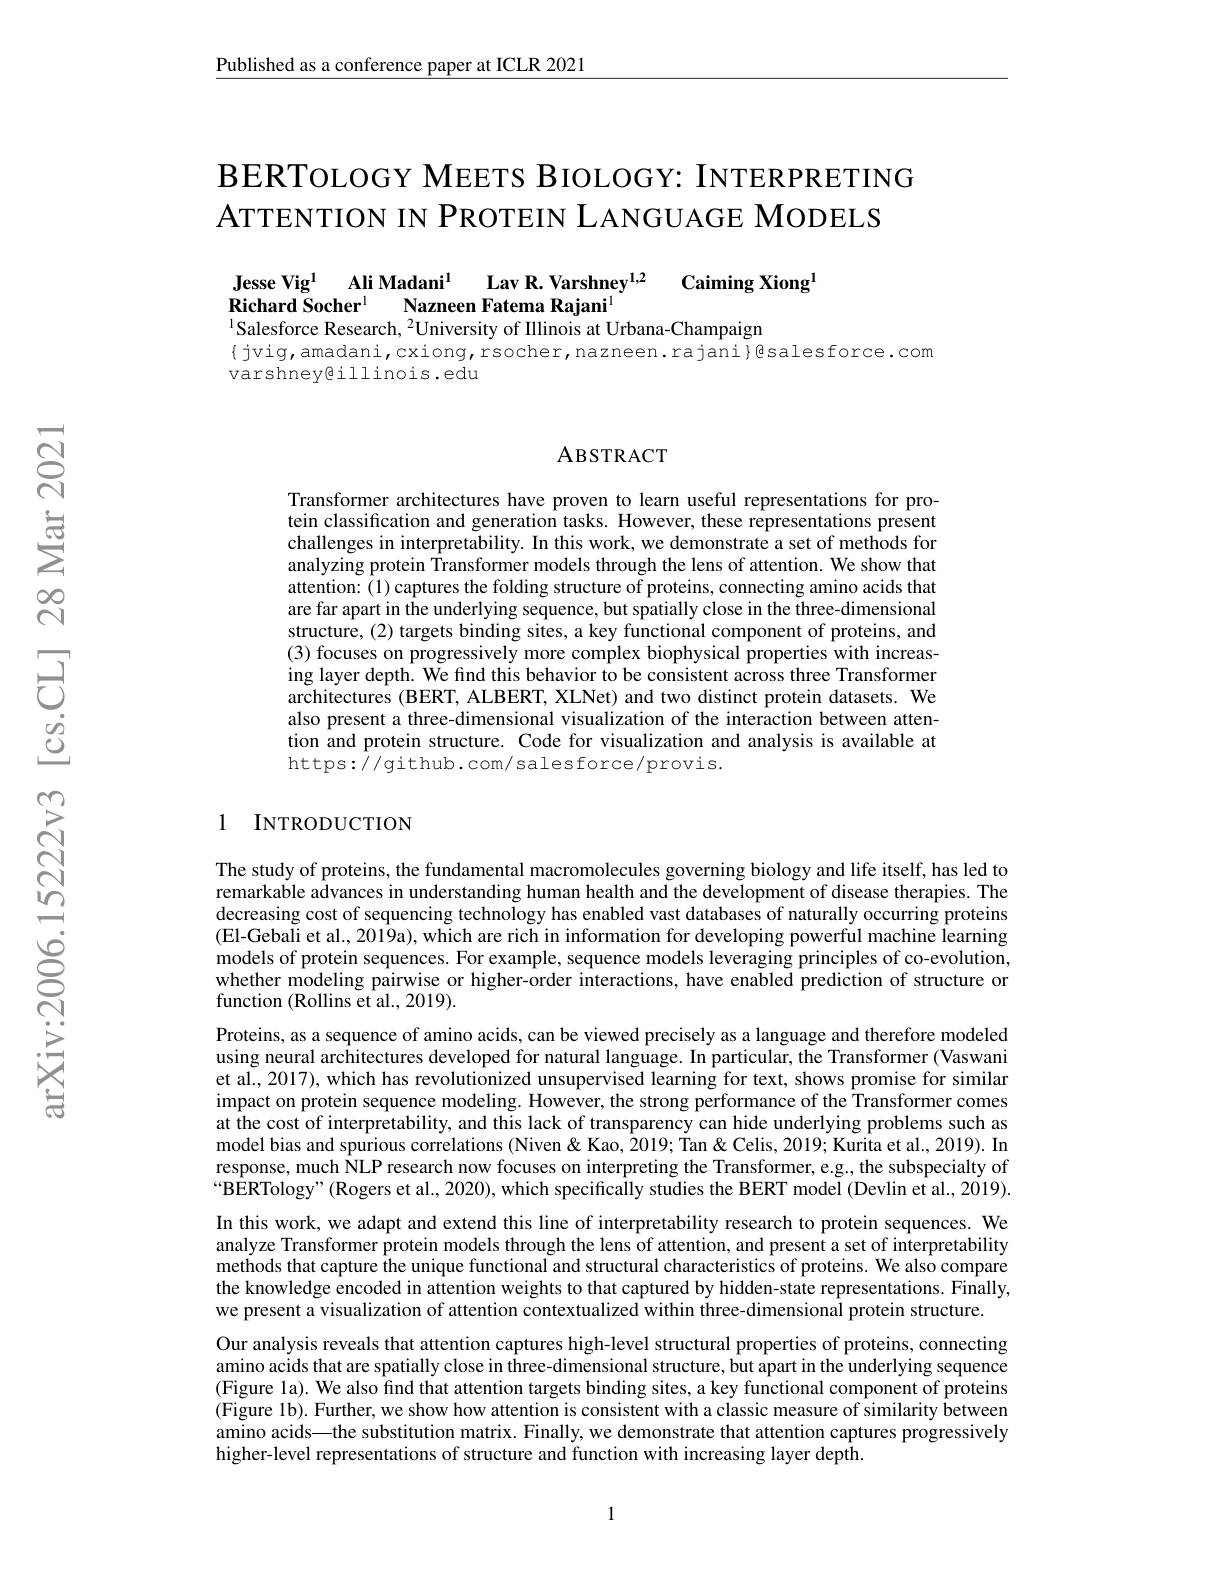
Published as a conference paper at ICLR 2021

# BERTOLOGY MEETS BIOLOGY: INTERPRETING ATTENTION IN PROTEIN LANGUAGE MODELS

$\mathrm{Caiming~Xiong}^{\mathrm{I}}$
Jesse Vig$^{1}$ Ali Madani$^1$ Lav R. Varshney$^{1,2}$
Richard Socher$^{\mathrm{l}}$
Nazneen Fatema Rajani$^{\mathrm{l}}$
$^{1}$Salesforce Research, $^{2}$University of Illinois at Urbana-Champaign

$\{$jvig,amadani,cxiong,rsocher,nazneen.rajani}@salesforce.com
varshney@illinois.edu

### ABSTRACT

Transformer architectures have proven to learn useful representations for protein classification and generation tasks. However, these representations present challenges in interpretability. In this work, we demonstrate a set of methods for analyzing protein Transformer models through the lens of attention. We show that attention: (1) captures the folding structure of proteins, connecting amino acids that are far apart in the underlying sequence, but spatially close in the three-dimensional structure, (2) targets binding sites, a key functional component of proteins, and (3) focuses on progressively more complex biophysical properties with increasing layer depth. We find this behavior to be consistent across three Transformer architectures (BERT, ALBERT, XLNet) and two distinct protein datasets. We also present a three-dimensional visualization of the interaction between attention and protein structure. Code for visualization and analysis is available at https://github.com/salesforce/provis.

### 1 INTRODUCTION

The study of proteins, the fundamental macromolecules governing biology and life itself, has led to remarkable advances in understanding human health and the development of disease therapies. The decreasing cost of sequencing technology has enabled vast databases of naturally occurring proteins (El-Gebali et al., 2019a), which are rich in information for developing powerful machine learning models of protein sequences. For example, sequence models leveraging principles of co-evolution, whether modeling pairwise or higher-order interactions, have enabled prediction of structure or function (Rollins et al., 2019).
Proteins, as a sequence of amino acids, can be viewed precisely as a language and therefore modeled using neural architectures developed for natural language. In particular, the Transformer (Vaswani et al., 2017), which has revolutionized unsupervised learning for text, shows promise for similar impact on protein sequence modeling. However, the strong performance of the Transformer comes at the cost of interpretability, and this lack of transparency can hide underlying problems such as model bias and spurious correlations (Niven&Kao,2019; Tan & Celis, 2019; Kurita et al., 2019). In response, much NLP research now focuses on interpreting the Transformer, e.g., the subspecialty of $“$BERTology" ( Rogers et al. , 2020) , which specifically studies the BERT model ( Devlin et al. , 2019) . In this work, we adapt and extend this line of interpretability research to protein sequences. We analyze Transformer protein models through the lens of attention, and present a set of interpretability methods that capture the unique functional and structural characteristics of proteins. We also compare the knowledge encoded in attention weights to that captured by hidden-state representations. Finally, we present a visualization of attention contextualized within three-dimensional protein structure.
Our analysis reveals that attention captures high-level structural properties of proteins, connecting amino acids that are spatially close in three-dimensional structure, but apart in the underlying sequence (Figure 1a). We also find that attention targets binding sites, a key functional component of proteins (Figure 1b). Further, we show how attention is consistent with a classic measure of similarity between amino acids—the substitution matrix. Finally, we demonstrate that attention captures progressively higher-level representations of structure and function with increasing layer depth.

1